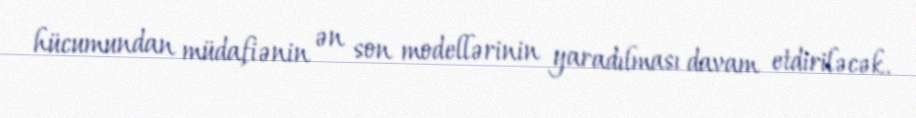
hücumundan müdafiənin ən son modellərinin yaradılması davam etdiriləcək.